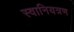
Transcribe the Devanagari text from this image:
स्वानियत्रण